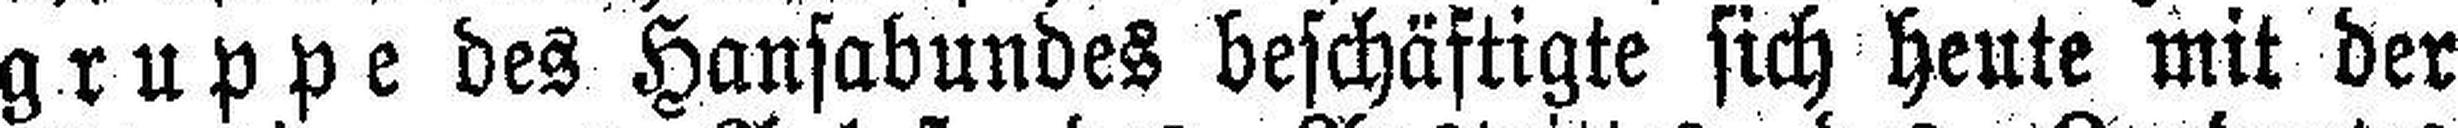
gruppe des Hansabundes beschäftigte sich heute mit der